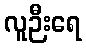
လူဉီးရေ